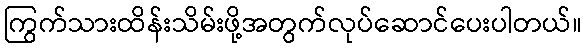
ကြွက်သားထိန်းသိမ်းဖို့အတွက်လုပ်ဆောင်ပေးပါတယ်။